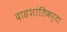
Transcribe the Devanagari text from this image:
दाहशांतिकर्ता